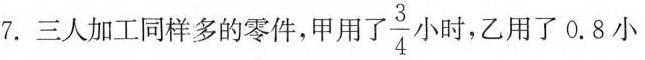
7.三人加工同样多的零件，甲用了 \frac{3}{4} 小时，乙用了0.8小